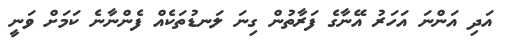
އަދި އަންނަ އަހަރު އޭނާގެ ފަރާތުން ގިނަ ލަނޑުތަކެއް ފެންނާނެ ކަމަށް ވަނީ